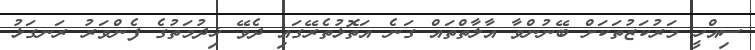
ސިއްހީ މަރުކަޒުތަކަށް ބޭނުންވާ އާލާތްތައް ގަނެ އަތޮޅުތެރޭގައި ދެވޭ ޚިދުމަތުގެ ފެންވަރު ރަނގަޅު